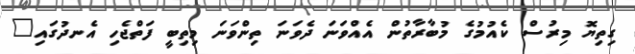
ގިތިޔޮ މިރުސް ކެއުމުގެ މުބާރާތުން އެއްވަނަ ދެވަނަ ތިންވަނަ މިތިބީ ފަތްޖެހި އެނދުގައި"